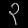
Digit: ၃